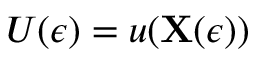
U ( \epsilon ) = u ( \mathbf { X } ( \epsilon ) )